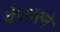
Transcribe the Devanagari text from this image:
केलरने